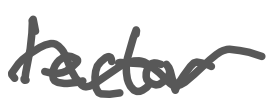
Text: lector
Cross-out: wave
Writing tool: digital_gray